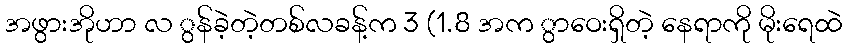
အဖွားအိုဟာ လ ွန်ခဲ့တဲ့တစ်လခန့်က 3 (1.8 အက ွာဝေးရှိတဲ့ နေရာကို မိုးရေထဲ